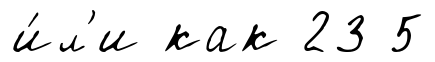
и́л'и как 23 5